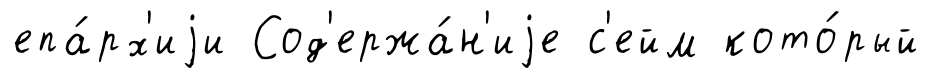
епа́рх'иjи Сод'ержа́н'иjе с'ейм кото́рый